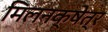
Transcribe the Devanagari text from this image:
मिलनक्षेत्र